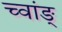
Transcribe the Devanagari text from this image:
च्वांङ्